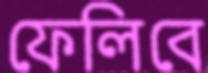
ফেলিবে